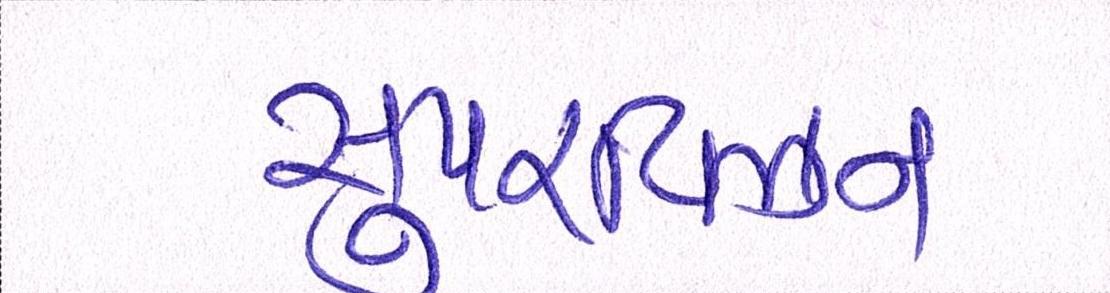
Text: સુપરવિઝન